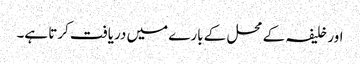
اور خلیفہ کے محل کے بارے میں دریافت کرتا ہے۔